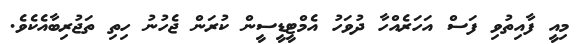
މިއީ ފާއިތުވި ފަސް އަހަރެއްހާ ދުވަހު އެމްޓީޑީސީން ކުރަން ޖެހުނު ހިތި ތަޖުރިބާއެކެވެ.